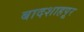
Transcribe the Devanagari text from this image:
बादशाहपूर